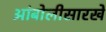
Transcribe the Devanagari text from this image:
आंबोलीसारखे